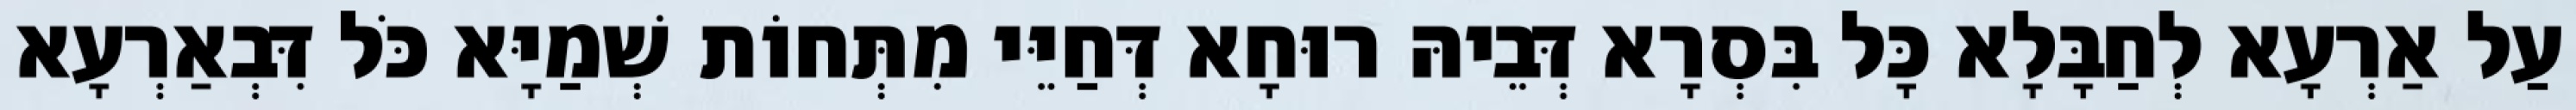
עַל אַרְעָא לְחַבָּלָא כָּל בִּסְרָא דְּבֵיהּ רוּחָא דְּחַיֵּי מִתְּחוֹת שְׁמַיָּא כֹּל דִּבְאַרְעָא